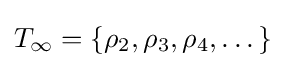
T_{\infty }=\{\rho _{2},\rho _{3},\rho _{4},\dots \}